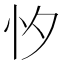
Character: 𢗇